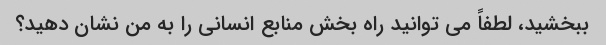
ببخشید، لطفاً می توانید راه بخش منابع انسانی را به من نشان دهید؟